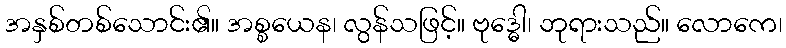
အနှစ်တစ်သောင်း၏။ အစ္စယေန၊ လွန်သဖြင့်။ ဗုဒ္ဓေါ၊ ဘုရားသည်။ လောကေ၊